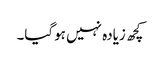
کچھ زیادہ نہیں ہوگیا۔